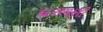
ઘરભણી